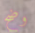
وضح